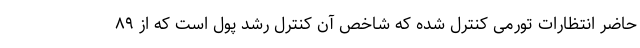
حاضر انتظارات تورمی کنترل شده که شاخص آن کنترل رشد پول است که از ۸۹